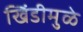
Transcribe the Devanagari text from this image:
खिंडीमुळे